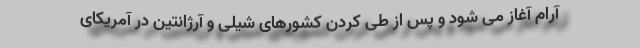
آرام آغاز می شود و پس از طی کردن کشورهای شیلی و آرژانتین در آمریکای